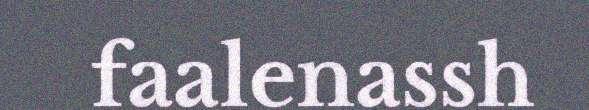
faalenassh